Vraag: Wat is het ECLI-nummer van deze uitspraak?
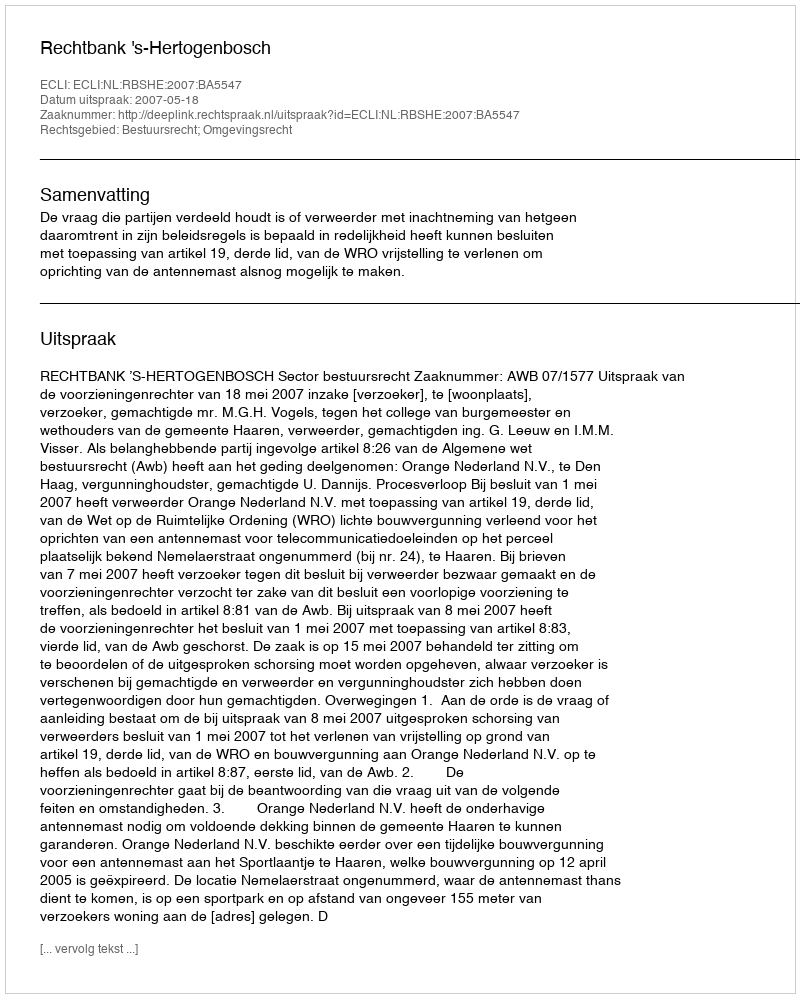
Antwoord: ECLI:NL:RBSHE:2007:BA5547